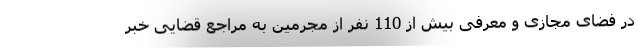
در فضای مجازی و معرفی بیش از 110 نفر از مجرمین به مراجع قضایی خبر